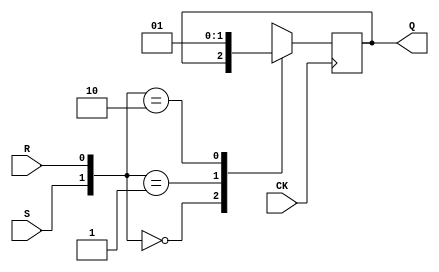
module libhdl_srffN
#(  parameter N = 1)
(   input  wire         CK,
    input  wire [N-1:0] S,
    input  wire [N-1:0] R,
    output reg  [N-1:0] Q);

always @ (posedge CK)
    case ({S, R})
        2'b00:   Q <= Q;
        2'b01:   Q <= {N{1'b0}};
        2'b10:   Q <= {N{1'b1}};
        default: Q <= {N{1'bX}};
    endcase

endmodule